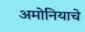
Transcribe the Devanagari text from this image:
अमोनियाचे